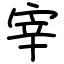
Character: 宰